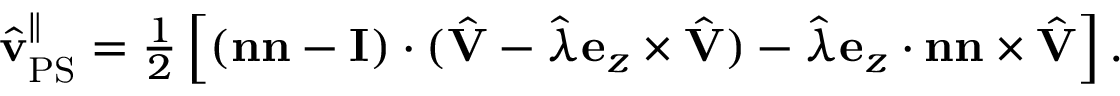
\begin{array} { r } { \hat { \mathbf { v } } _ { \mathrm { P S } } ^ { \| } = \frac { 1 } { 2 } \left[ ( \mathbf { n n } - \mathbf { I } ) \cdot ( \hat { \mathbf { V } } - \hat { \lambda } \mathbf { e } _ { z } \times \hat { \mathbf { V } } ) - \hat { \lambda } \mathbf { e } _ { z } \cdot \mathbf { n } \mathbf { n } \times \hat { \mathbf { V } } \right] . } \end{array}